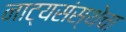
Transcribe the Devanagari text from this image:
नाट्यसंस्थेचा